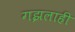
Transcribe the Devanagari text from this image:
गझलाही